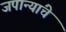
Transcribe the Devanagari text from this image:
जपान्यांचे